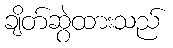
ချိတ်ဆွဲထားသည်